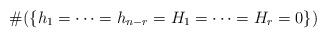
\begin{align*} \#(\{h_1=\cdots=h_{n-r}=H_1=\cdots=H_r=0\}) \end{align*}